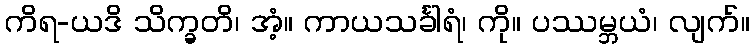
ကိရ-ယဒိ သိက္ခတိ၊ အံ့။ ကာယသင်္ခါရံ၊ ကို။ ပဿမ္ဘယံ၊ လျက်။